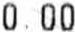
0.00